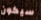
سيكون